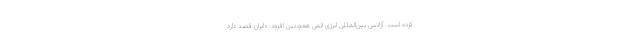
کرده است. آژانس بین‌المللی انرژی اتمی همچنین افزود: «ایران قصد دارد